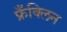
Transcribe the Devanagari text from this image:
फ्रँक्लिन